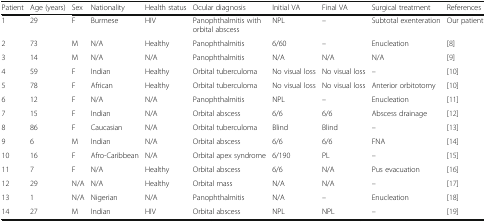
<table><thead><tr><td><b>Patient</b></td><td><b>Age (years)</b></td><td><b>Sex</b></td><td><b>Nationality</b></td><td><b>Health status</b></td><td><b>Ocular diagnosis</b></td><td><b>Initial VA</b></td><td><b>Final VA</b></td><td><b>Surgical treatment</b></td><td><b>References</b></td></tr></thead><tbody><tr><td>1</td><td>29</td><td>F</td><td>Burmese</td><td>HIV</td><td>Panophthalmitis with orbital abscess</td><td>NPL</td><td>–</td><td>Subtotal exenteration</td><td>Our patient</td></tr><tr><td>2</td><td>73</td><td>M</td><td>N/A</td><td>Healthy</td><td>Panophthalmitis</td><td>6/60</td><td>–</td><td>Enucleation</td><td>[8]</td></tr><tr><td>3</td><td>14</td><td>M</td><td>N/A</td><td>N/A</td><td>Panophthalmitis</td><td>N/A</td><td>N/A</td><td>N/A</td><td>[9]</td></tr><tr><td>4</td><td>59</td><td>F</td><td>Indian</td><td>Healthy</td><td>Orbital tuberculoma</td><td>No visual loss</td><td>No visual loss</td><td>–</td><td>[10]</td></tr><tr><td>5</td><td>78</td><td>F</td><td>African</td><td>Healthy</td><td>Orbital tuberculoma</td><td>No visual loss</td><td>No visual loss</td><td>Anterior orbitotomy</td><td>[10]</td></tr><tr><td>6</td><td>12</td><td>F</td><td>N/A</td><td>N/A</td><td>Panophthalmitis</td><td>NPL</td><td>–</td><td>Enucleation</td><td>[11]</td></tr><tr><td>7</td><td>15</td><td>F</td><td>Indian</td><td>N/A</td><td>Orbital abscess</td><td>6/6</td><td>6/6</td><td>Abscess drainage</td><td>[12]</td></tr><tr><td>8</td><td>86</td><td>F</td><td>Caucasian</td><td>N/A</td><td>Orbital tuberculoma</td><td>Blind</td><td>Blind</td><td>–</td><td>[13]</td></tr><tr><td>9</td><td>6</td><td>M</td><td>Indian</td><td>N/A</td><td>Orbital abscess</td><td>6/6</td><td>6/6</td><td>FNA</td><td>[14]</td></tr><tr><td>10</td><td>16</td><td>F</td><td>Afro-Caribbean</td><td>N/A</td><td>Orbital apex syndrome</td><td>6/190</td><td>PL</td><td>–</td><td>[15]</td></tr><tr><td>11</td><td>7</td><td>F</td><td>N/A</td><td>Healthy</td><td>Orbital abscess</td><td>6/6</td><td>N/A</td><td>Pus evacuation</td><td>[16]</td></tr><tr><td>12</td><td>29</td><td>N/A</td><td>N/A</td><td>Healthy</td><td>Orbital mass</td><td>N/A</td><td>N/A</td><td>–</td><td>[17]</td></tr><tr><td>13</td><td>1</td><td>N/A</td><td>Nigerian</td><td>N/A</td><td>Panophthalmitis</td><td>N/A</td><td>–</td><td>Enucleation</td><td>[18]</td></tr><tr><td>14</td><td>27</td><td>M</td><td>Indian</td><td>HIV</td><td>Orbital abscess</td><td>NPL</td><td>NPL</td><td>–</td><td>[19]</td></tr></tbody></table>